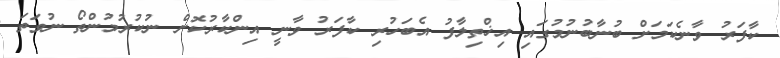
ކާފަރު ވާނެކަމަށް ބުނާބުނުމުގައި އިޚްތިލާފު އެބަހުރި ކާފަރު ވާނީ އިންކާރުކޮށް ނުކުރުމުންތޯ ނުވަތަ